Vaccine operations Central Provinces & Berar 1922-1929 - 1922-1929
Year: 1922
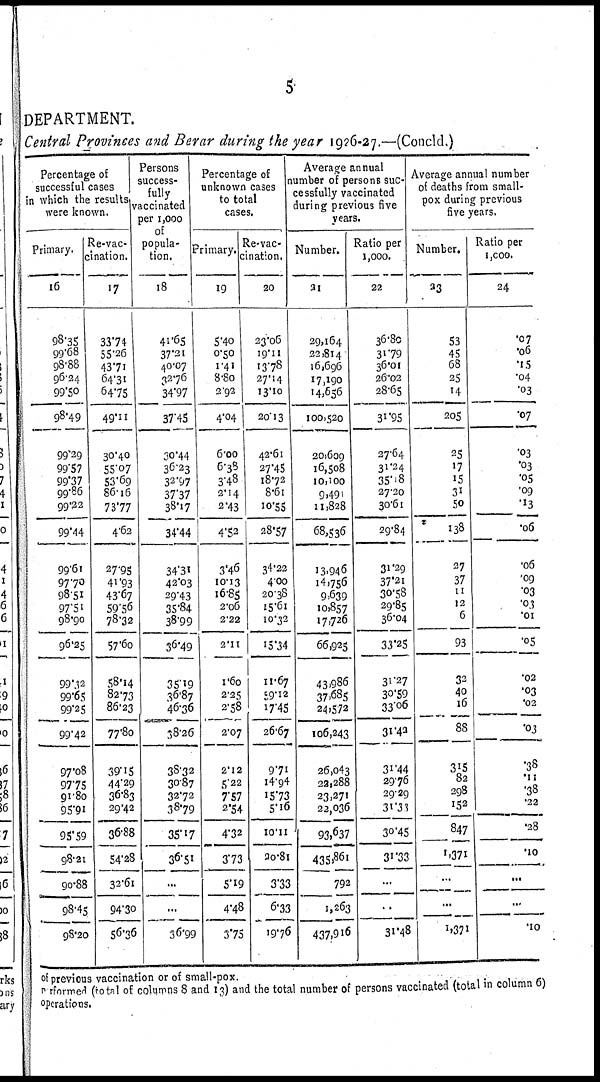
5
DEPARTMENT.
Central Provinces and Berar during the year 1926-27.—(Concld.)
Percentage of
successful cases
in which the results
were known.
Primary.
16
98.35
99.68
98.88
96.24
99.50
98.49
99.29
99.57
99.37
99.86
99.22
99.44
99.61
97.70
98.51
97.51
98.90
96.25
99.32
99.65
99.25
99.42
97.08
97.75
91.80
95.91
95.59
98.21
90.88
98.46
98.20
Re-vac-
cination.
17
33.74
55.26
43.71
64.31
64.75
49.11
30.40
55.07
53.69
86.16
73.77
4.62
27.95
41.93
43.67
59.56
78.32
57.60
58.14
82.73
86.23
77.80
39.15
44.29
36.83
29.42
36.88
54.28
32.61
94.30
56.36
Persons
success¬
fully
vaccinated
per 1,000
of
popula-
tion.
18
41.65
37.21
40.07
32.76
34.97
37.45
30.44
36.23
32.97
37.37
38.17
34.44
34.31
42.03
29.43
35.84
38.99
36.49
35.19
36.87
46.36
38.26
38.32
30.87
32.72
38.79
35.17
36.51
...
...
36.99
Percentage of
unknown cases
to total
cases.
Primary.
19
5.40
0.50
1.41
8.80
2.92
4.04
6.00
6.38
3.48
2.14
2.43
4.52
3.46
16.13
16.85
2.06
2.22
2.11
1.60
2.25
2.58
2.07
2.12
5.22
7.57
2.54
4.32
3.73
5.19
4.48
3.75
Re-vac-
cination.
20
23.06
19.11
13.78
27.14
13.10
20.13
42.61
27.45
18.72
8.61
10.55
28.57
34.22
4.00
20.38
15.61
10.32
15.34
11.67
59.12
17.45
26.67
971
14.94
15.73
5.16
10.11
30.81
3.33
6.33
19.76
Average annual
number of persons suc-
cessfully vaccinated
during previous five
years.
Number.
21
29,164
22,814
16,696
17,190
14,656
100,520
20,609
16,508
10,100
9,491
11,828
68,536
13,946
14,756
9,639
10,857
17,726
66,925
43,986
37,685
24,572
106,243
26,043
22,288
23,271
22,036
93,637
435,861
792
1,263
437,916
Ratio per
1,000.
22
36.80
31.79
36.01
26.02
28.65
31.95
27.64
31.24
35.18
27.20
30.61
29.84
31.29
37.21
30.58
29.85
36.04
33.25
31.27
30.59
33.06
31.42
31.44
29.76
29.29
31.33
30.45
31.33
...
...
31.48
Average annual number
of deaths from small-
pox during previous
five years.
Number.
23
53
45
68
25
14
205
25
17
15
31
50
138
27
37
11
12
6
93
32
40
16
88
315
82
298
152
847
1,371
...
...
1,371
Ratio per
1,000.
24
.07
.06
.15
.04
.03
.07
.03
.03
.05
.09
.13
.06
.06
.09
.03
.08
.01
.05
.02
.03
.02
.03
.38
.11
.38
.22
.28
.10
...
...
.10
of previous vaccination or of small-pox.
performed (total of columns 8 and 13) and the total number of persons vaccinated (total in column 6)
operations.